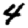
Digit: 4